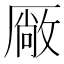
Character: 厰